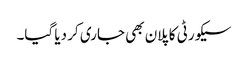
سیکورٹی کا پلان بھی جاری کر دیا گیا۔